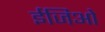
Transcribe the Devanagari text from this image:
ईजिओ